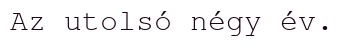
Az utolsó négy év.